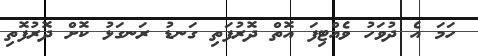
ހަމަ އެ ދުވަހު ވެއްޓިފަ އޮތް ދޮރުފަތި ގަނޑު ރަނގަޅު ކޮށް ދޮރުފޮތި